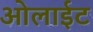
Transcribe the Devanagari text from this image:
ओलाईट